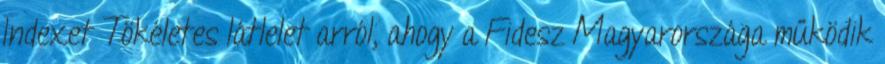
Indexet Tökéletes látlelet arról, ahogy a Fidesz Magyarországa működik